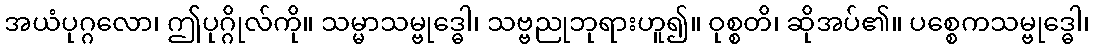
အယံပုဂ္ဂလော၊ ဤပုဂ္ဂိုလ်ကို။ သမ္မာသမ္ဗုဒ္ဓေါ၊ သဗ္ဗညုဘုရားဟူ၍။ ဝုစ္စတိ၊ ဆိုအပ်၏။ ပစ္စေကသမ္ဗုဒ္ဓေါ၊